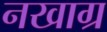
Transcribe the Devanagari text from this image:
नखाग्र